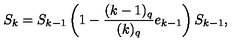
S _ { k } = S _ { k - 1 } \left( 1 - \frac { ( k - 1 ) _ { q } } { ( k ) _ { q } } e _ { k - 1 } \right) S _ { k - 1 } ,